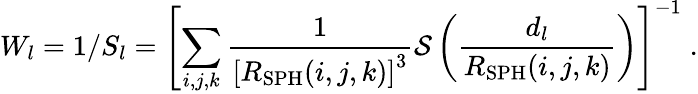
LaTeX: W_{l}=1/S_{l}=\left[\sum_{i,j,k}\frac{1}{\left[R_{\mathrm{SPH}}(i,j,k)\right]^{3}}\mathcal{S}\left(\frac{d_{l}}{R_{\mathrm{SPH}}(i,j,k)}\right)\right]^{-1}\; .